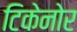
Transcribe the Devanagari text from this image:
टिकेनोर